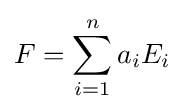
F=\sum _{i=1}^{n}a_{i}E_{i}